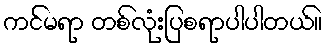
ကင်မရာ တစ်လုံးပြစရာပါပါတယ်။